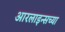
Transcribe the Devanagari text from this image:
आरलाइन्सच्या